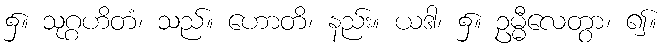
၌။ သုဂ္ဂဟိတံ၊ သည်။ ဟောတိ၊ နည်း။ ယဒါ၊ ၌။ ဥမ္မီလေတွာ၊ ၍။